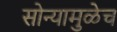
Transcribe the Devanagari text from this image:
सोन्यामुळेच